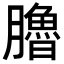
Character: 𦢞